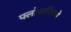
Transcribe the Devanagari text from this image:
फ्लोअरिंगचे